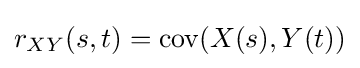
r_{XY}(s,t)={\text{cov}}(X(s),Y(t))